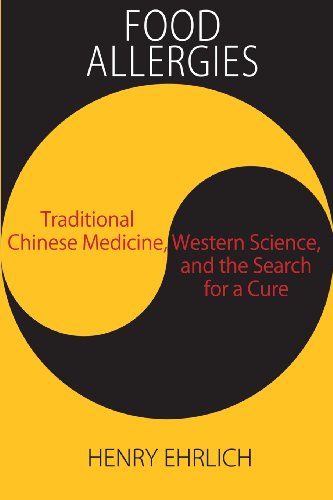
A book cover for Food Allergies: Traditional Chinese Medicine, Western Science, and the Search for a Cure; Henry Ehrlich; Health, Fitness & Dieting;